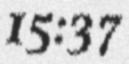
15:37